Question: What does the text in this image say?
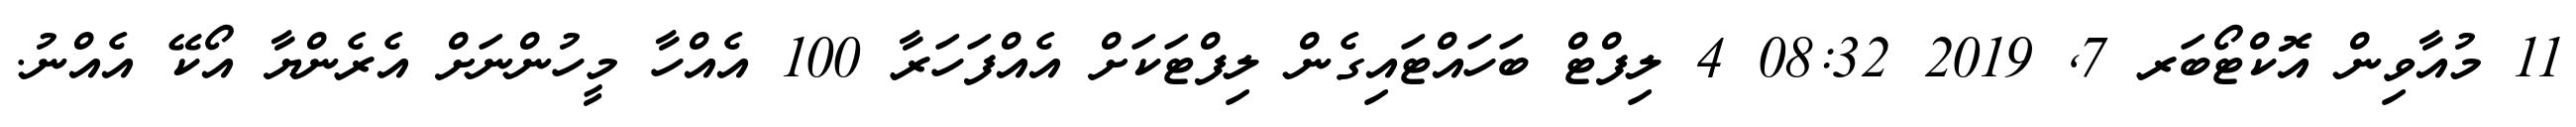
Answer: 11 މުއާވިން އޮކްޓޯބަރ 7, 2019 08:32 4 ލިފްޓް ބަހައްޓައިގެން ލިފްޓަކަށް އެއްފަހަރާ 100 އެއްހާ މީހުންނަށް އެރެންޔާ އޯކޭ އެއްނު.